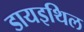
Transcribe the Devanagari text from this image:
डायइथिल